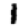
Digit: 1